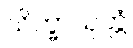
သိက္ခာသုတ္တံ